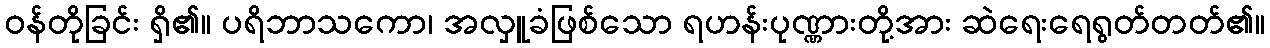
ဝန်တိုခြင်း ရှိ၏။ ပရိဘာသကော၊ အလှူခံဖြစ်သော ရဟန်းပုဏ္ဏားတို့အား ဆဲရေးရေရွတ်တတ်၏။